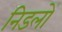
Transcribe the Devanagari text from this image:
निडलों